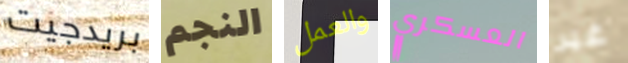
بريدجيت النجم والعمل العسكري غير